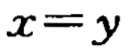
$x = y$